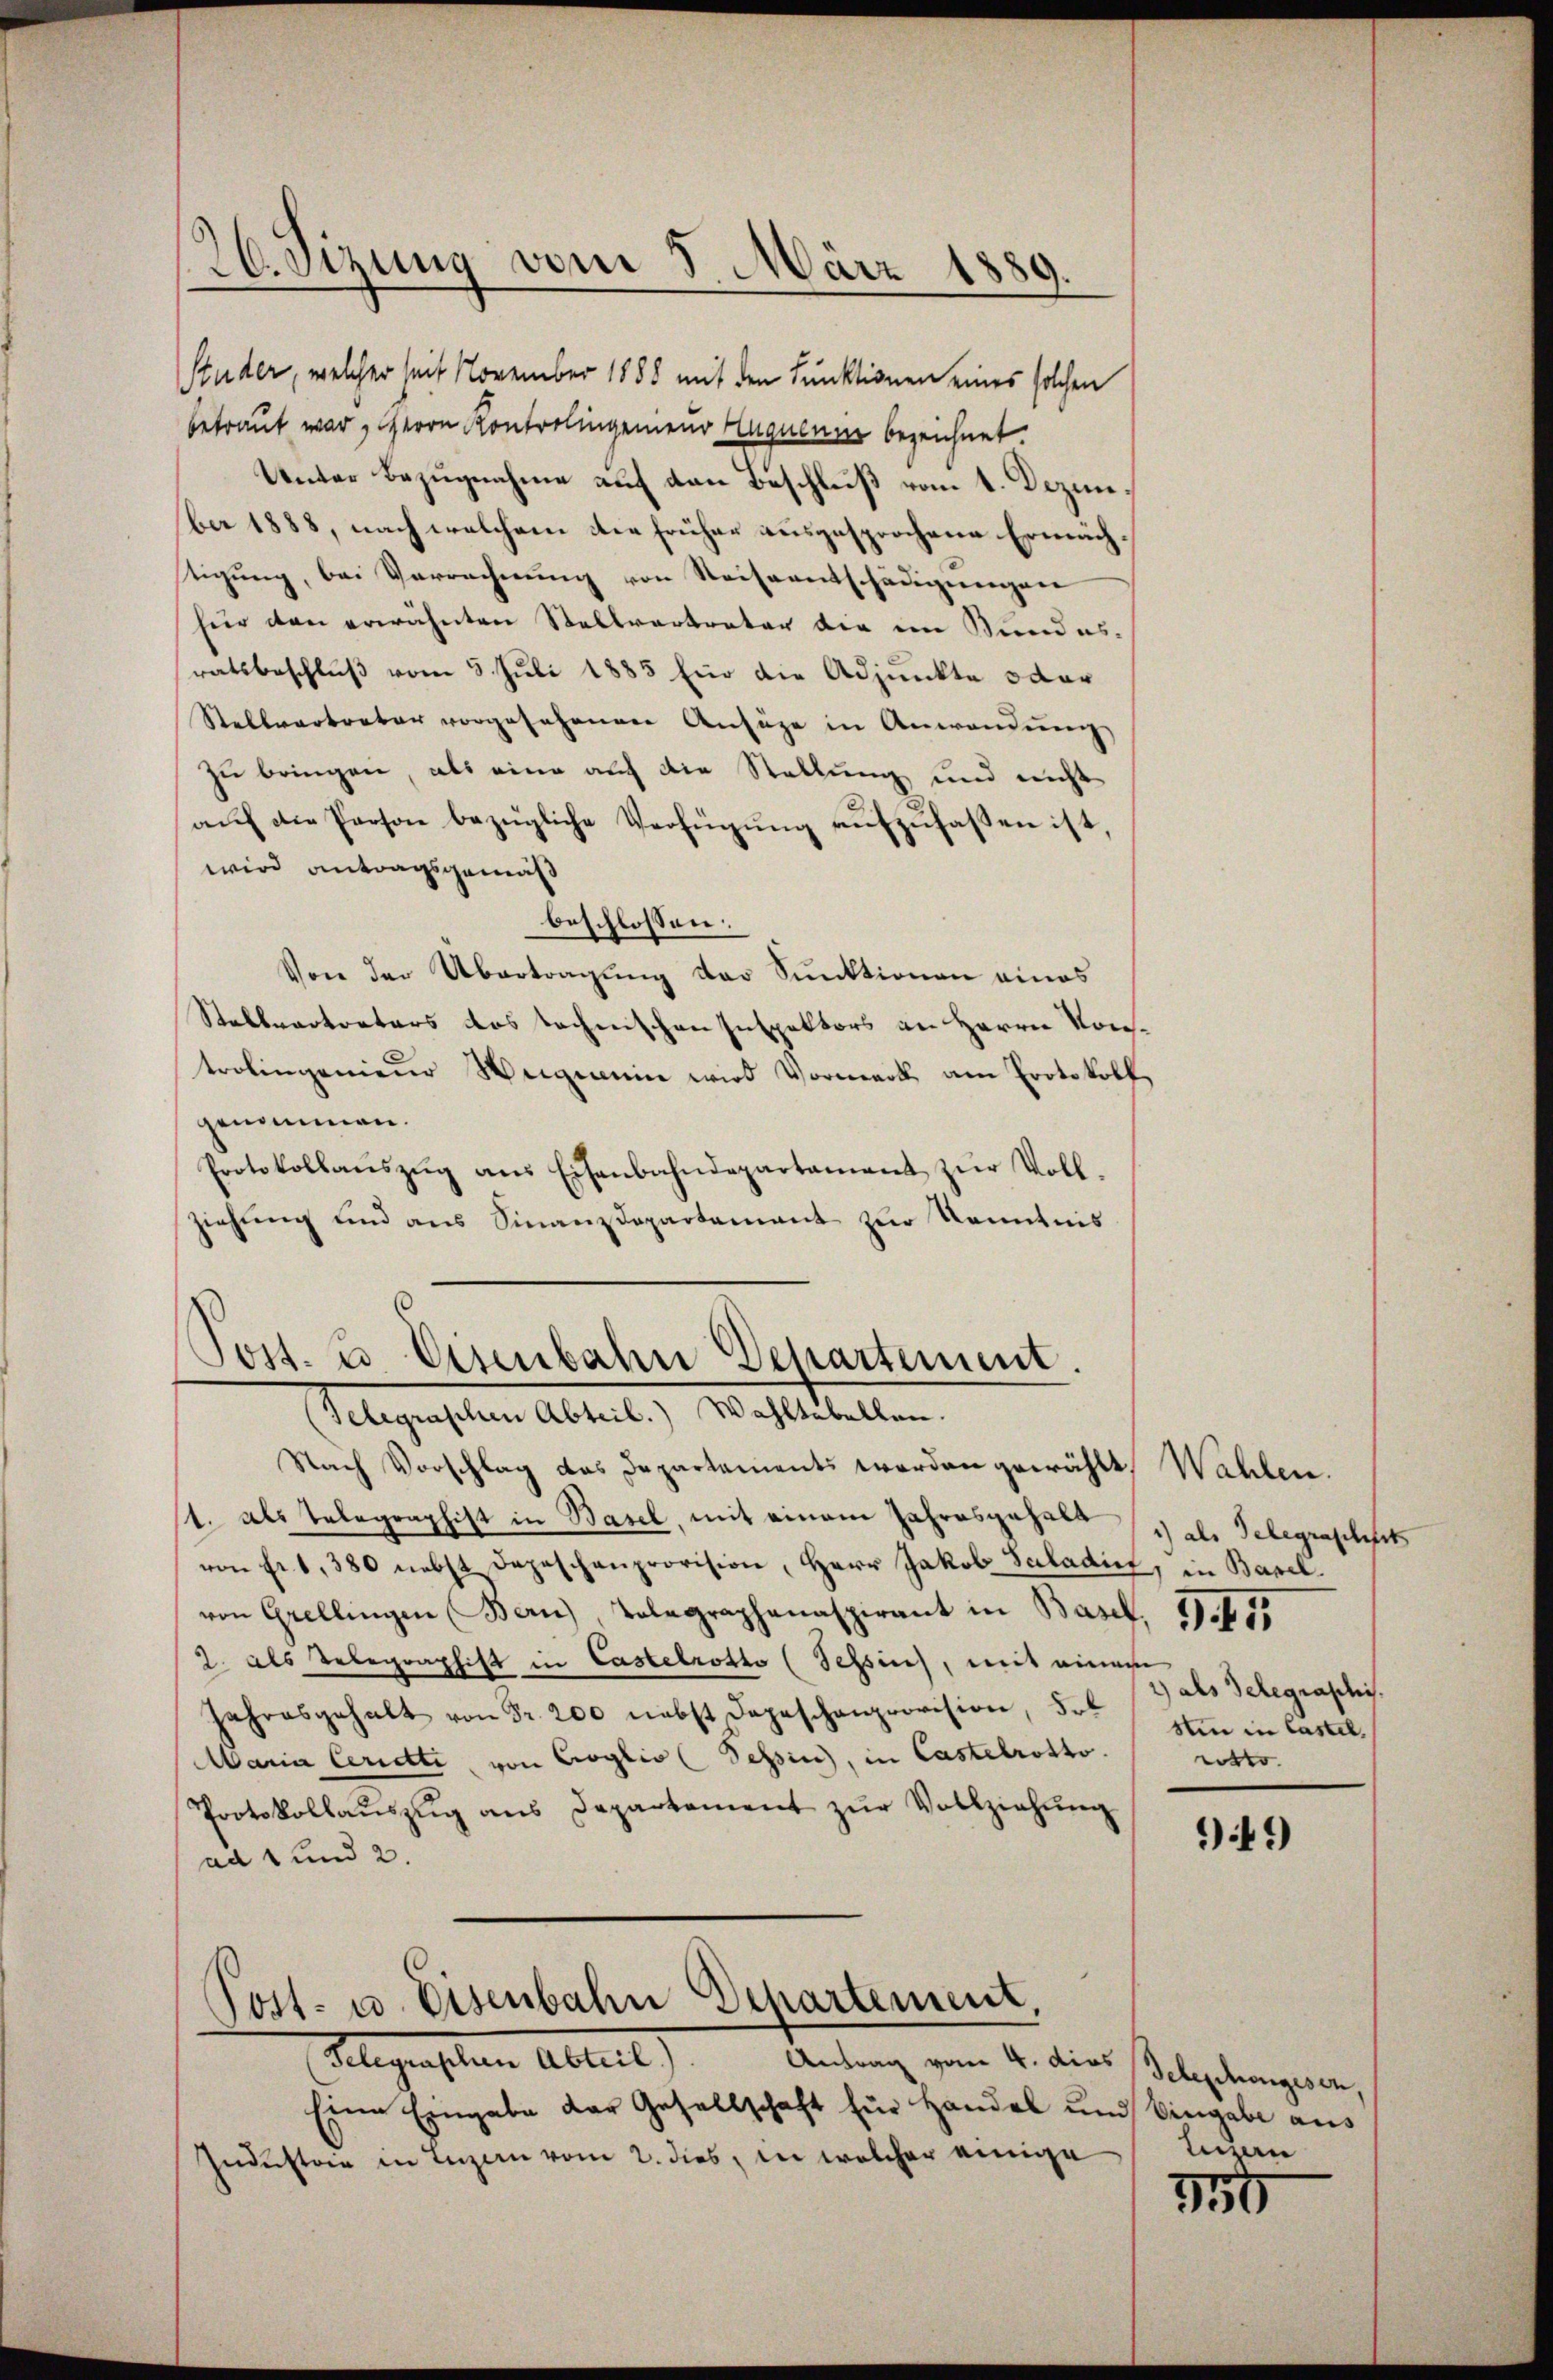
26. Sizung vom 8. März 1889.

Studer, welcher seit November 1888 mit den Funktionen eines solchen
betraut war, Herrn Kontrolingenen Huguenir bezeichnet.
Unter Bezugnahme auf den Beschluß vom 1. Dezember 1888, nach welchem die früher ausgesprochene Ermächstigung, bei Verrechnung von Reiseentschädigungen
für den erwähnten Stellvertreter die im Bundesratsbeschlŭβ vom 5. Juli 1885 Eier die Adjunkte oder
Stellvertreter vorgesehenen Anfüge in Anwendung
zu bringen, als eine auf die Stellung und nicht
auf die Person bezügliche Verfügung aufzufassen ist
wird antragsgemäß
beschlossen:
Von der Übertragung der Funktionen eines
Stellvertreters das technischen Inspektors an Herrn Kontrolingenieŭr Weigenie wird Vormerk am Protokoll.
genommen.
Protokollaŭszŭg ans Eisenbahndepartament zur Vollziehung und aus Finanzdepartement zur Kenntnis

Post. 20 Eisenbahn Departement
Segensten Abteil. Walthalten

Post- u. Eisenbahn Departement,

Nach Vorschlag das Departements werden gewählt,
t. Als Telegraphist in Basel, mit einem Jahresgehalt
von fr. 1, 380 nebst Depeschenprovision, Herr Jakob Saladin, in Basel.
von Grellingen (Bern, Tolegraphanaspirant in Basel, 1855
2. als Telegraphist in Castelrotto (Sehsins, mit einem
Jahresgehalt von Fr. 200 nebst Depeschenprovision, Frl 12 als Telegraphi
Maria Cerietti, von Croglio (Tessin, in Castelrotto.
Protokollaŭszŭg ans Departement zŭr Vollziehŭng
ad 1 und 2.

Flegensten Abteil
Antrag vom 4. dies Telephongesen,
Eine Eingabe der Gesellschaft für Handel und Eingabe aus
Industria in Luzern vom 2. dies, in welcher einige

Wahlen.
1) als Telegraschft
sin in Castel
ritto.

949)

Luzern

n